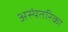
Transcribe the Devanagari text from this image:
अस्यंतरिका